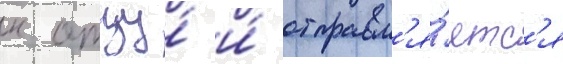
к отцу́ и́ отправл'я́етс'я